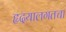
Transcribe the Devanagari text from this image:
हृदयालगतचा